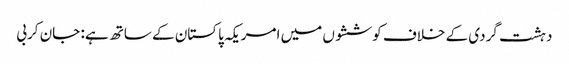
دہشت گردی کے خلاف کوششوں میں امریکہ پاکستان کے ساتھ ہے: جان کربی